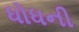
ધોધની